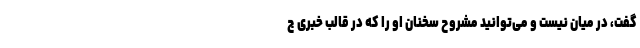
گفت، در میان نیست و می‌توانید مشروح سخنان او را که در قالب خبری ج